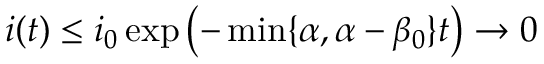
i ( t ) \le i _ { 0 } \exp \left( { - \operatorname* { m i n } \{ \alpha , \alpha - \beta _ { 0 } \} t } \right) \to 0